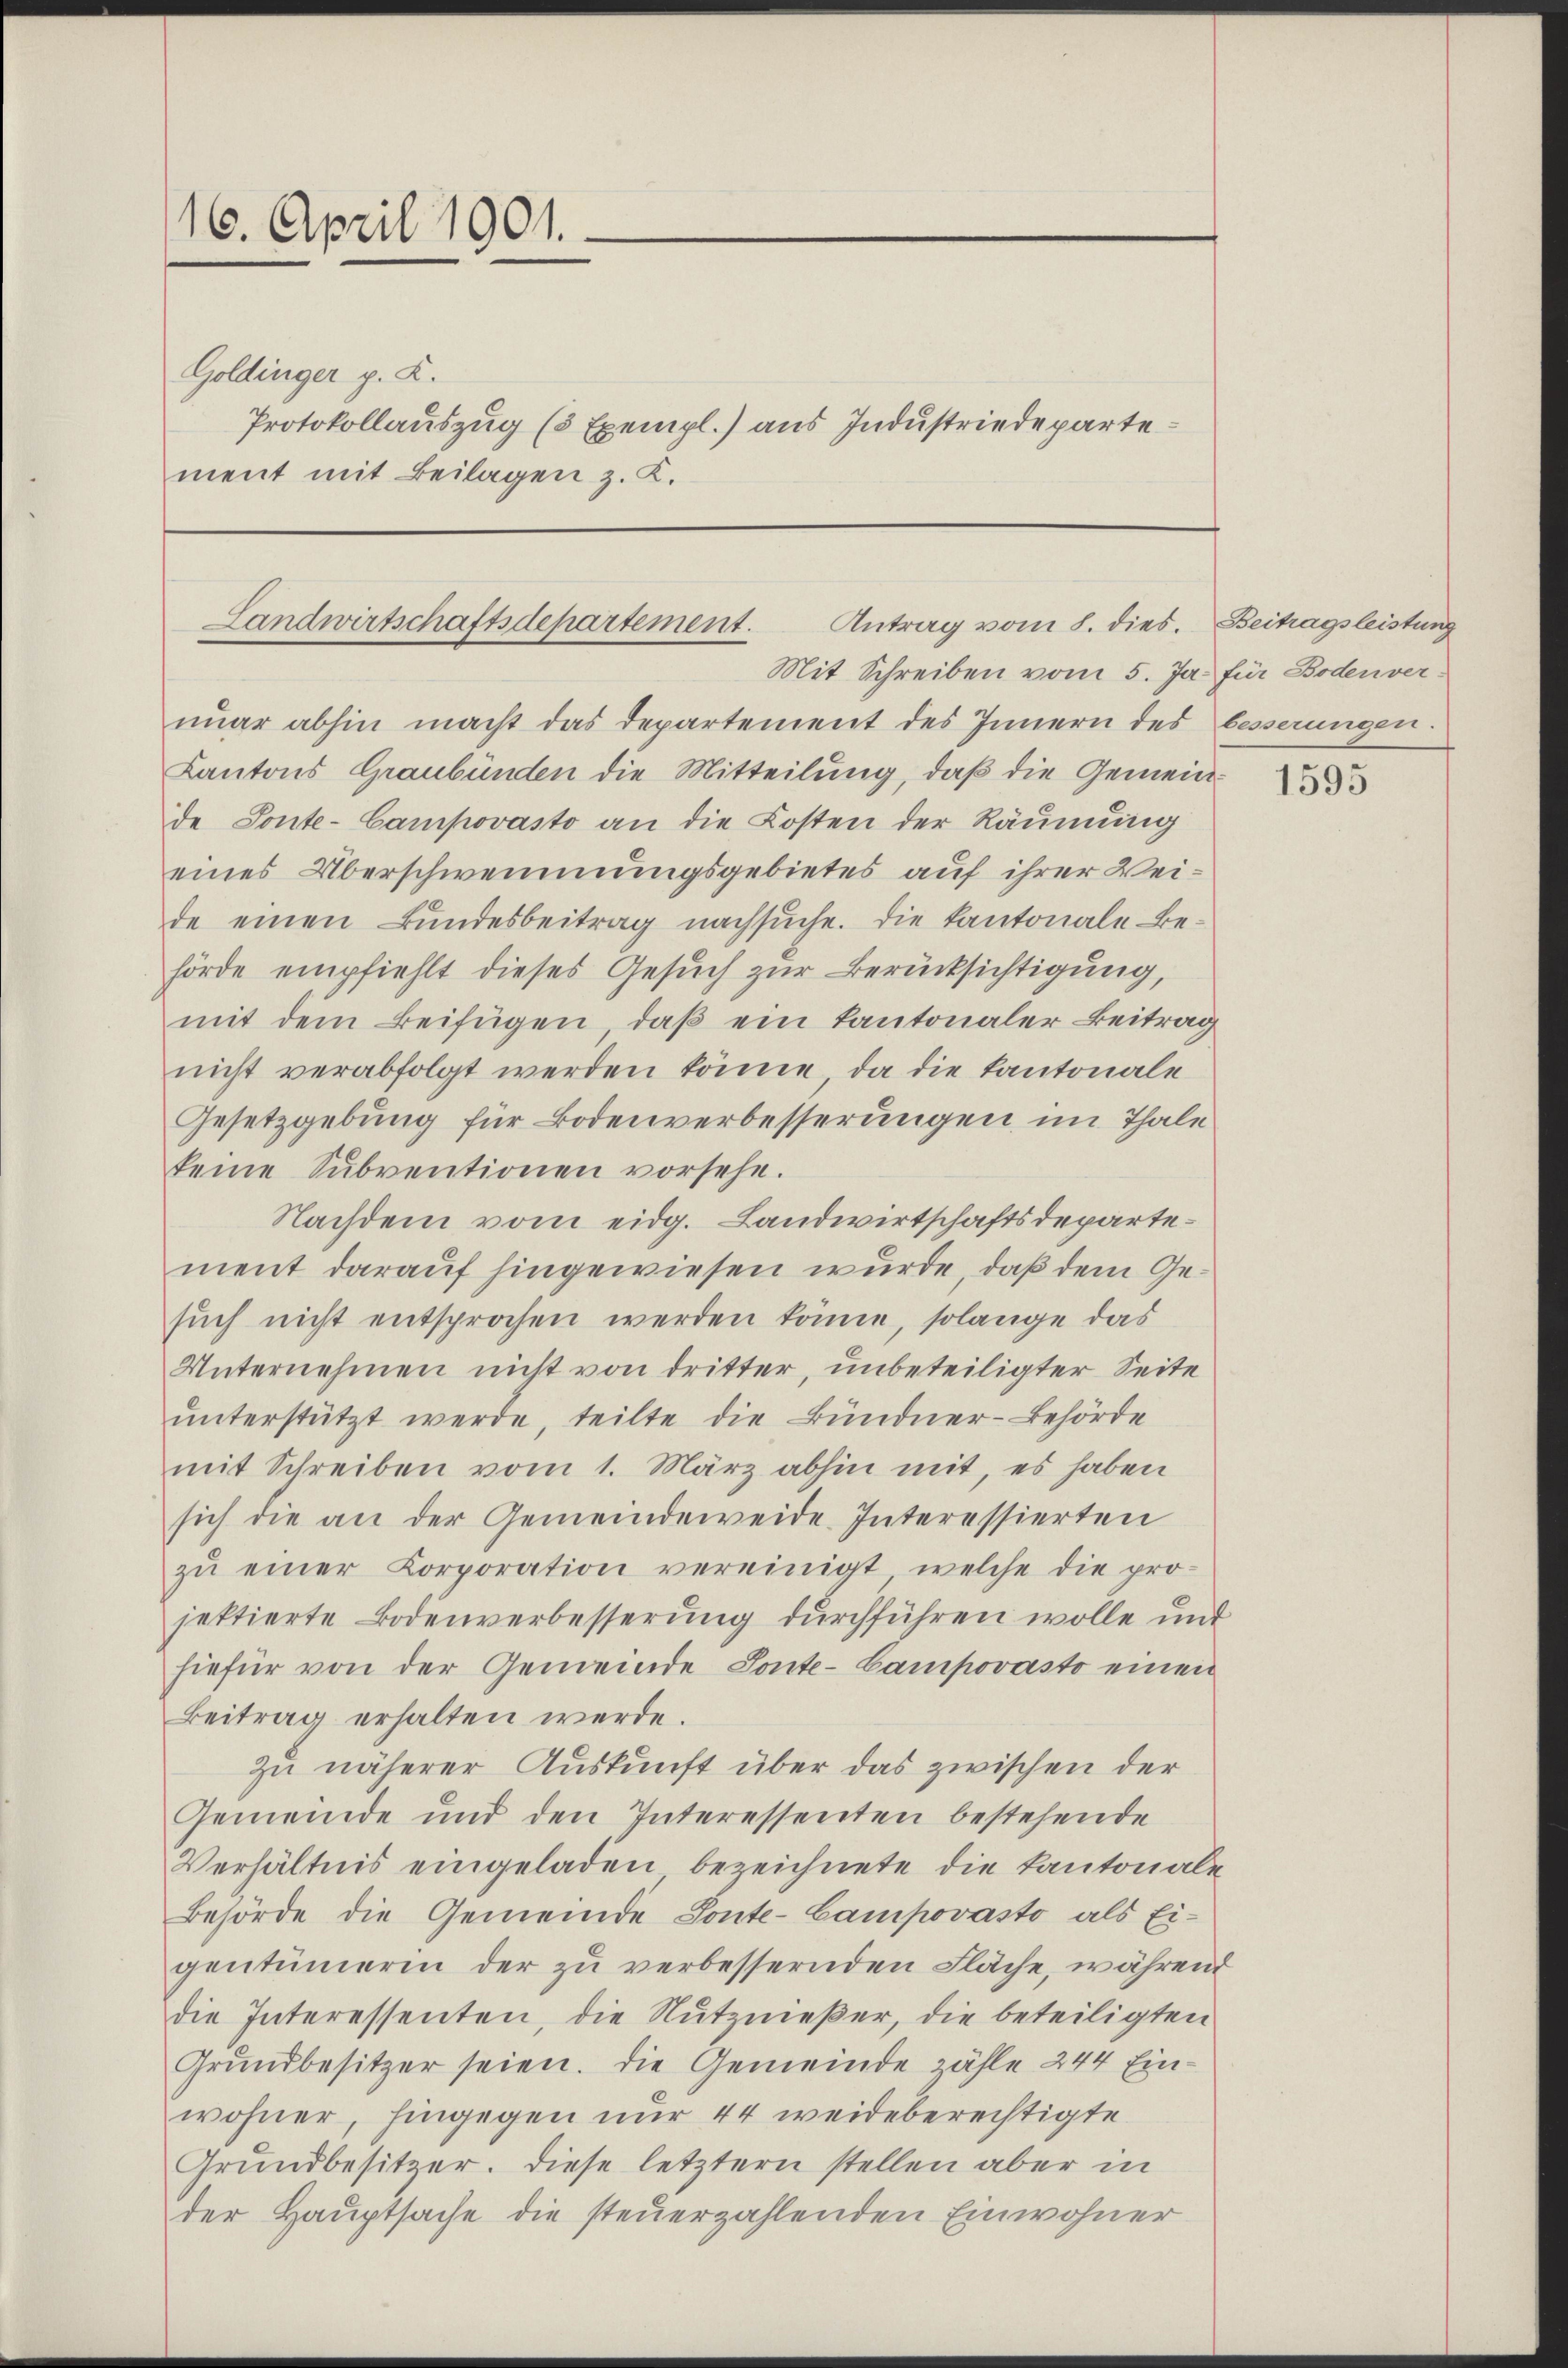
16. April 1901.
Goldinger p. K.
Protokollauszug (3 Exempl.) aus Industriedepartement mit Beilagen z. K.

Landwirtschaftsdepartement. Antrag vom 8. dies. Beitragsleistung
Mit Schreiben vom 5. Ja. für Boden ver¬

nŭar abhin macht das Departement des Innern des besserungen.
Kantons Graubünden die Mitteilung, daβ die Gemeinde Ponte-Campovasto an die Kosten der Räumung
eines Überschwemmungsgebietes auf ihrer Weide einen Bundesbeitrag nachsuche. Die Kantonale Behörde empfiehlt dieses Gesŭch zur Berücksichtigung,
mit dem Beifügen, daß ein Kantonaler Beitrag
nicht verabfolgt werden könne, da die Kantonale
Gesetzgebung für Bodenverbesserungen im Thale
keine Subventionen vorsehe.
Nachdem vom eidg. Landwirtschaftsdepartement darauf hingewiesen wurde, daß dem Gesuch nicht entsprochen werden könne, solange das
Unternehmen nicht von dritter, unbeteiligter Seite
ŭnterstützt werde, teilte die Bündner-Behörde
mit Schreiben vom 1. März abhin mit, es haben
sich die an der Gemeindeweide Interessierten
zŭ einer Korporation vereinigt welche die pro-
jektierte Bodenverbesserung durchführen wolle und
hiefür von der Gemeinde Ponte-Campovasto einen
Beitrag erhalten werde.
zu näherer Auskunft über das zwischen der
Gemeinde und den Interessenten bestehende
Verhältnis eingeladen bezeichnete die Kantonale
Behörde die Gemeinde Ponte-Campovasto als Ei-
gentümerin der zu verbessernden Fläche, während
die Interessenten, die Nutznießer, die beteiligten
Grundbesitzer seien. Die Gemeinde zähle 244 Einwohner, hingegen nur 44 weideberechtigte
Grundbesitzer. Diese letztern stellen aber in
der Hauptsache die steuerzahlenden Einwohner

1595